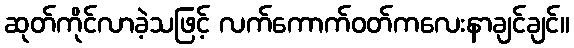
ဆုတ်ကိုင်လာခဲ့သဖြင့် လက်ကောက်ဝတ်ကလေးနာချင်ချင်။